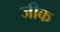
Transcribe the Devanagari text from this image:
जीक